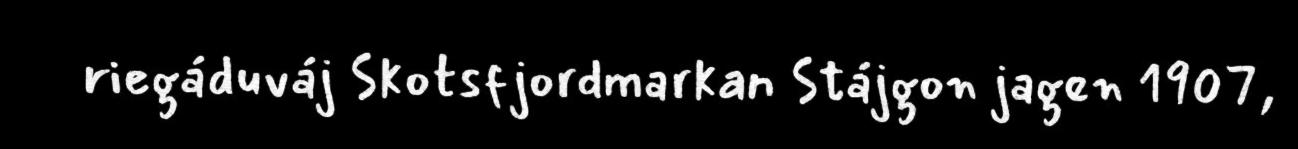
riegáduváj Skotsfjordmarkan Stájgon jagen 1907,